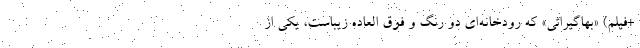
+فیلم) «بهاگیراثی» که رودخانه‌ای دو رنگ و فوق العاده زیباست، یکی از